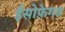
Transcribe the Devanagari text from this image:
ईसोफ़ेगस